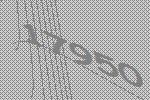
17950